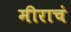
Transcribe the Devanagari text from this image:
मीराचं